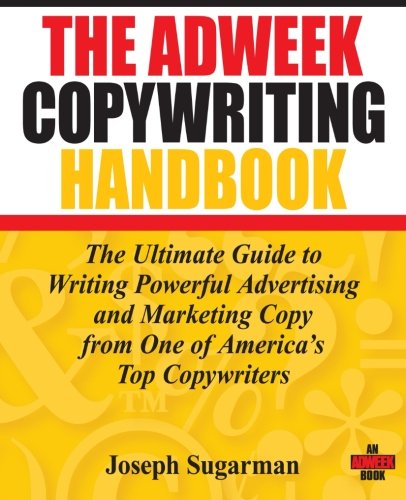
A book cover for The Adweek Copywriting Handbook: The Ultimate Guide to Writing Powerful Advertising and Marketing Copy from One of America's Top Copywriters; Joseph Sugarman; Business & Money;